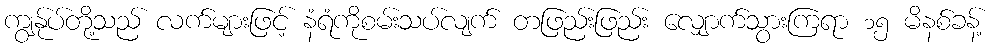
ကျွန်ုပ်တို့သည် လက်များဖြင့် နံရံကိုစမ်းသပ်လျက် တဖြည်းဖြည်း လျှောက်သွားကြရာ ၁၅ မိနစ်ခန့်